Civil Veterinary Dept. Bombay admin report 1914-1922 - 1914-1922
Year: 1914
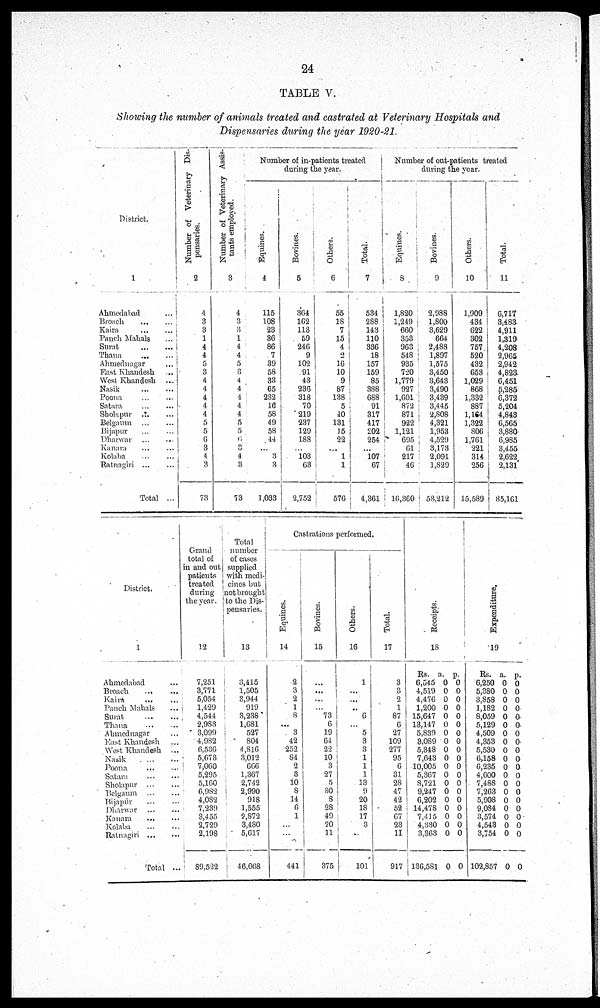
24
TABLE V.
Showing the number of animals treated and castrated at Veterinary Hospitals and
Dispensaries during the year 1920-21.
District.
1
Ahmedabad ...
Broach
...
...
Kaira
...
...
Panch Mahals ...
Swat
...
...
Thana ... ...
Ahmednagar ...
East Khandesh ...
West Khandesh ...
Nasik
...
...
Poona ... ...
Satara ... ...
Sholapur ... ...
Belgaum ... ...
Bijapur ... ...
Dharwar
...
...
Kanara ... ...
Kolaba ... ...
Batnagiri ... ...
Total ...
Number of Veterinary Dis-
pensaries.
2
4
3
3
1
4
4
5
3
4
4
4
4
4
5
5
6
3
4
3
73
Number of Veterinary Assis-
tants employed.
3
4
3
3
1
4
4
5
3
4
4
4
4
4
5
5
6
3
4
3
73
Number of in-patients treated
during the year.
Equines.
4
115
108
23
36
86
7
39
58
33
65
232
16
58
49
58
44
...
3
3
1,033
Bovines.
5
364
162
113
59
246
9
102
91
43
236
318
70
219
237
129
188
...
103
63
2,752
Others.
6
55
18
7
15
4
2
16
10
9
87
138
5
40
131
15
22
...
1
1
576
Total.
7
534
288
143
110
336
18
157
159
85
388
688
91
317
417
202
254
...
107
67
4,361
Number of out-patients treated
during the year.
Equines.
8
1,820
1,249
660
353
963
548
935
720
1,779
927
1,601
872
871
922
1,121
695
61
217
46
16,360
Bovines.
9
2,988
1,800
3,629
664
2,488
1,897
1,575
3,450
3,643
3,490
3,439
3,445
2,808
4,321
1,953
4,529
3,173
2,091
1,829
53,212
Others.
10
1,909
434
622
302
757
520
432
653
1,029
868
1,332
887
1,164
1,322
806
1,761
221
314
256
15,589
Total.
11
6,717
3,483
4,911
1,319
4,208
2,965
2,942
4,823.
6,451
5,285
6,372
5,204
4,843
6,565
3,880
6,985
3,455
2,622
2,131
85,161
District.
1
Ahmedabad ...
Broach
...
Kaira ... ...
Panch Mahals ... ...
Surat
...
...
Thana
...
...
Ahmednagar ...
East Khandesh ...
West Khandesh ...
Nasik ... ...
Poona
...
...
Satara
...
...
Sholapur
...
...
Belgaum
...
...
Bijapur ... ...
Dharwar
...
...
Kanara
... ...
Kolaba ... ...
Ratnagiri ... ...
Total ...
Grand
total of
in and out
patients
treated
during
the year.
12
7,251
3,771
5,054
1,429
4,544
2,983
3,099
4,982
6,536
5,673
7,060
5,295
5,160
6,982
4,082
7,239
3,455
2,729
2,198
89,522
Total
number
of cases
supplied
with mcdi-
cincs but
notbrought
to the Dis-
pensaries.
13
3,415
1,505
3,944
919
3,238
1,681
527
804
4,816
3,012
666
1,367
2,742
2,990
918
1,555
2,872
3,480
5,617
46,068
Castrations performed.
Equines.
14
2
3
2
1
8
...
3
42
252
84
2
3
10
8
14
6
1
...
...
441
Bovines.
15
...
...
...
...
73
6
19
64
22
10
3
27
5
30
8
28
49
20
11
375
Ot her s .
16
1
...
...
...
6
...
5
3
3
1
1
1
13
9
20
18
17
3
...
101
Tot al .
17
3
3
2
1
87
6
27
109
277
95
6
31
28
47
42
52
67
23
11
917
Receipts.
18
Rs.
6,545
4,519
4,476
1,200
15,647
13,147
5,839
3,089
5,348
7,643
10,005
5,367
8,721
9,247
6,202
14,478
7,415
4,330
3,363
136,581
a.
0
0
0
0
0
0
0
0
0
0
0
0
0
0
0
0
0
0
0
0
p.
0
0
0
0
0
0
0
0
0
0
0
0
0
0
0
0
0
0
0
0
Expenditure.
19
Rs.
6,250
5,380
3,858
1,182
8,059
5,129
4,509
4,353
5,530
6,158
6,235
4,600
7,488
7,263
5,908
9,084
3,574
4,543
3,754
102,857
a.
0
0
0
0
0
0
0
0
0
0
0
0
0
0
0
0
0
0
0
0
p.
0
0
0
0
0
0.
0
0
0
0
0
0
0
0
0
0
0
0
0
0